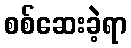
စစ်ဆေးခဲ့ရာ